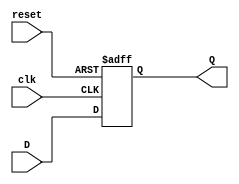
module sync_reset_ff (
    input wire clk,
    input wire reset,
    input wire D,
    output reg Q
);

always @(posedge clk or negedge reset) begin
    if (reset == 0) begin
        Q <= 1'b0;
    end else begin
        Q <= D;
    end
end

endmodule